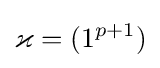
\varkappa =(1^{p+1})